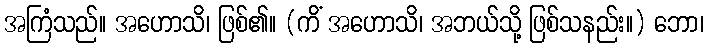
အကြံသည်။ အဟောသိ၊ ဖြစ်၏။ (ကိံ အဟောသိ၊ အဘယ်သို့ ဖြစ်သနည်း။) ဘော၊